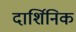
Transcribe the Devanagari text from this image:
दार्शिनिक